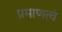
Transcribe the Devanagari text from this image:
प्रमाणत्वं